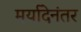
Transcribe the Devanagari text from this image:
मर्यादेनंतर